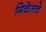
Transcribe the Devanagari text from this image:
मिचेलचे